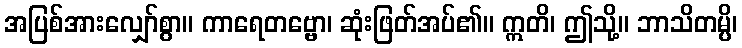
အပြစ်အားလျှော်စွာ။ ကာရေတဗ္ဗော၊ ဆုံးဖြတ်အပ်၏။ ဣတိ၊ ဤသို့။ ဘာသိတမ္ပိ၊